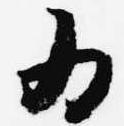
為